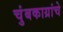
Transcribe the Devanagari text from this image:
चुंबकाग्रांचे